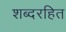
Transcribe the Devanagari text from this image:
शब्दरहित